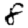
Digit: 8